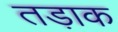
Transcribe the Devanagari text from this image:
तड़ाक